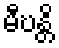
မီဎန္တိ